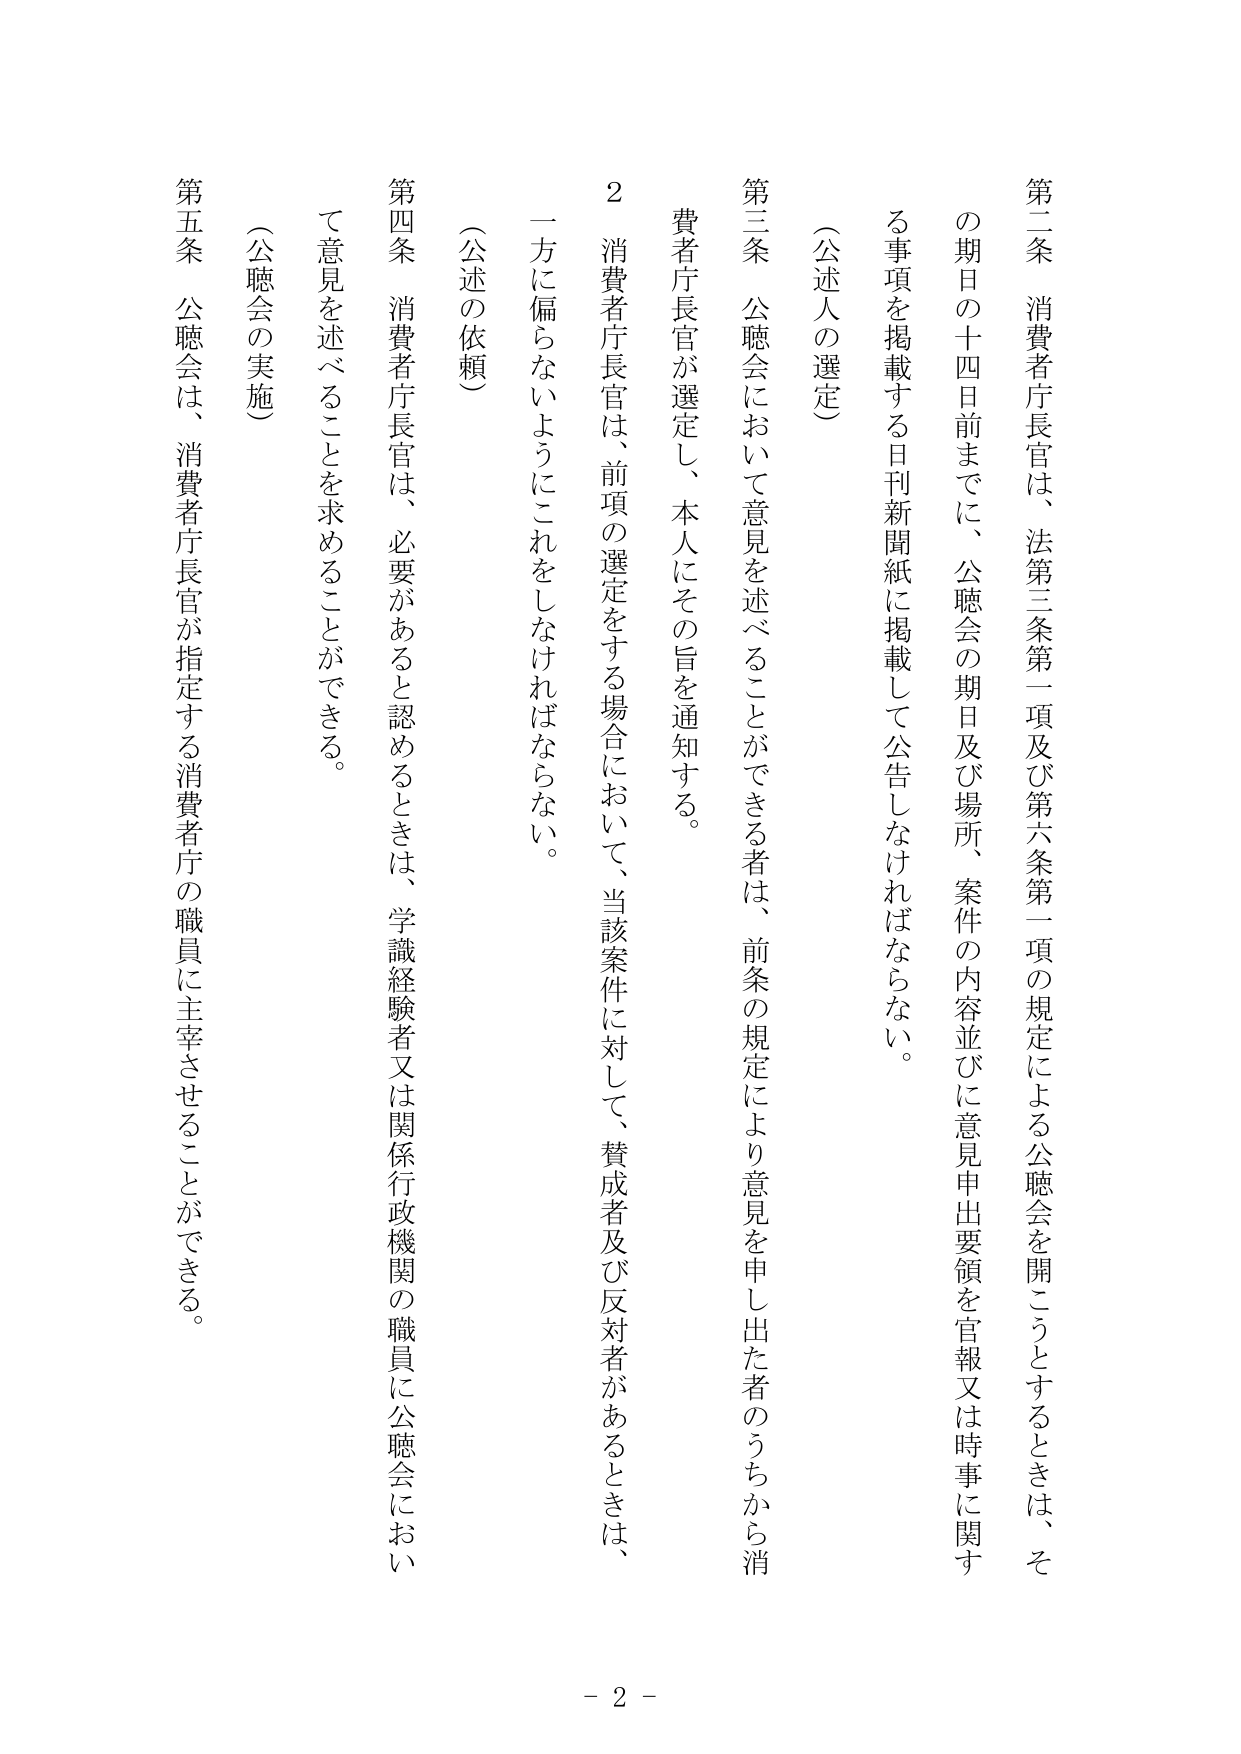
第二条 消費者庁長官は、法第三条第一項及び第六条第一項の規定による公聴会を開こうとするときは、その期日の十四日前までに、公聴会の期日及び場所、案件の内容並びに意見申出要領を官報又は時事に関する事項を掲載する日刊新聞紙に掲載して公告しなければならない。

（公述人の選定）

第三条 公聴会において意見を述べることができる者は、前条の規定により意見を申し出た者のうちから消費者庁長官が選定し、本人にその旨を通知する。

２ 消費者庁長官は、前項の選定をする場合において、当該案件に対して、賛成者及び反対者があるときは、一方に偏らないようにこれをしなければならない。

（公述の依頼）

第四条 消費者庁長官は、必要があると認めるときは、学識経験者又は関係行政機関の職員に公聴会において意見を述べることを求めることができる。

（公聴会の実施）

第五条 公聴会は、消費者庁長官が指定する消費者庁の職員に主宰させることができる。

- 2 -